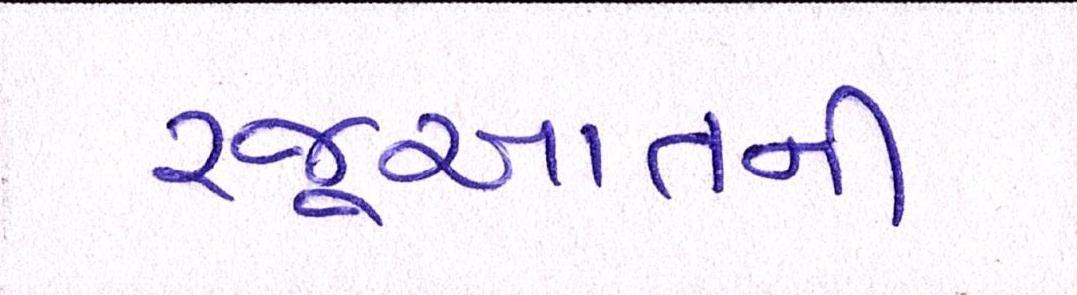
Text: રજૂઆતની